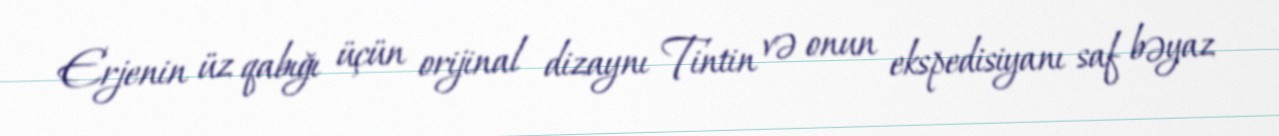
Erjenin üz qabığı üçün orijinal dizaynı Tintin və onun ekspedisiyanı saf bəyaz